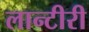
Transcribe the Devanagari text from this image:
लान्टीरी